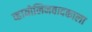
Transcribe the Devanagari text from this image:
व्हायोलिनवादकाला